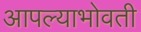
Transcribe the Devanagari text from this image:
आपल्याभोवती